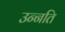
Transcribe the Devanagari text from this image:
उन्‍नति